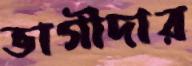
ভাগীদার